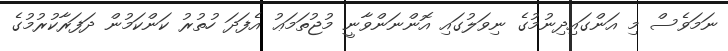
ނަމަވެސް މި އަންގައިދިނުމުގެ ނިވަލުގައި އޮންނަންވާނީ މުޖުތަމަޢު އެފަދަ ހުތުރު ކަންކަމުން ދަފަރާކުރުމުގެ